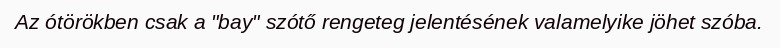
Az ótörökben csak a "bay" szótő rengeteg jelentésének valamelyike jöhet szóba.